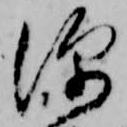
深